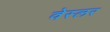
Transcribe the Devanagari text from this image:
वेस्लर